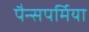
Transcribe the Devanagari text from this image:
पैन्सपर्मिया